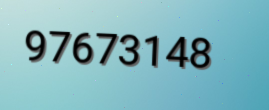
97673148